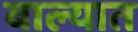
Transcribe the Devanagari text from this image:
बाल्यात